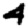
Digit: 4